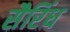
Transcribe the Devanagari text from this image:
सैरिंध